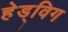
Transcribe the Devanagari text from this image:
हेड्विग